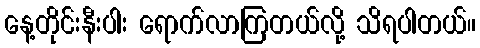
နေ့တိုင်းနီးပါး ရောက်လာကြတယ်လို့ သိရပါတယ်။